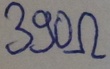
Text: 390Ω